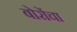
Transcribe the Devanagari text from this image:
बोरोंचा